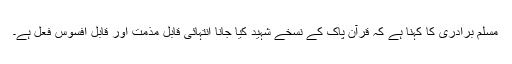
مسلم برادری کا کہنا ہے کہ قرآن پاک کے نسخے شہید کیا جانا انتہائی قابل مذمت اور قابل افسوس فعل ہے۔